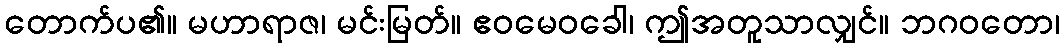
တောက်ပ၏။ မဟာရာဇ၊ မင်းမြတ်။ ဧဝမေဝခေါ၊ ဤအတူသာလျှင်။ ဘဂဝတော၊